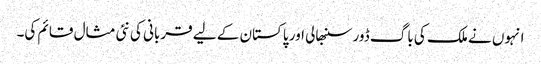
انہوں نے ملک کی باگ ڈور سنبھالی اور پاکستان کے لیے قربانی کی نئی مثال قائم کی۔